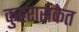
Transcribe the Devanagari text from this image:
कुहरासंकेत